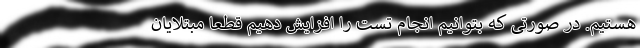
هستیم. در صورتی که بتوانیم انجام تست را افزایش دهیم قطعا مبتلایان